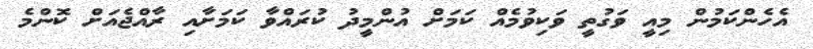
އެހެންކަމުން މިއީ ވަގުތީ ވަކިވުމެއް ކަމަށް އުންމީދު ކުރައްވާ ކަމަށާއި ރާއްޖެއަށް ކޮންމެ